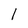
Character: 1